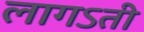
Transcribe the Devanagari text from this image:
लागऽती